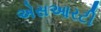
એસઆરટી